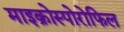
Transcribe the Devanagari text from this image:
माइक्रोस्पोरोफिल